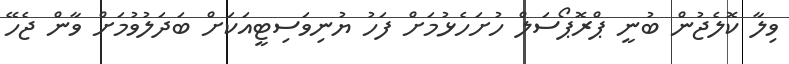
ވިލާ ކޮލެޖުން ބުނީ ޕްރޮޕޯސަލް ހުށަހެޅުމަށް ފަހު ޔުނިވަސިޓީއަކަށް ބަދަލުވުމަށް ވާން ޖެހޭ